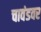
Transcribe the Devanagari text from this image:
चावंडवर